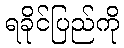
ရခိုင်ပြည်ကို